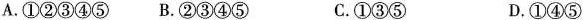
A.①②③④⑤ B.②③④⑤ C.①③⑤